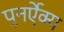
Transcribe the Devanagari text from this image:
पुनर्ऐक्य